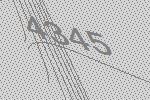
4345